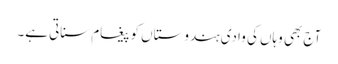
آج بھی وہاں کی وادی ہندوستاں کو پیغام سناتی ہے۔